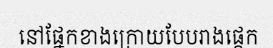
នៅផ្នែកខាងក្រោយបែបរាងផ្តេក